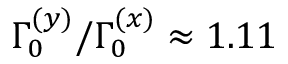
\Gamma _ { 0 } ^ { ( y ) } / \Gamma _ { 0 } ^ { ( x ) } \approx 1 . 1 1